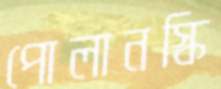
পোলানস্কি